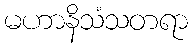
မဟာနိသံသတရာ